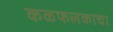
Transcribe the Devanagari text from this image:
कळफलकाचा